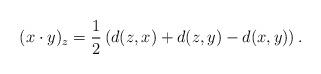
LaTeX: \begin{align*} (x\cdot y)_z = \frac{1}{2}\left( d(z,x)+d(z,y)-d(x,y)\right).\end{align*}